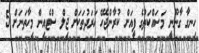
ހިނގާ ގާނޫނީ މަސައްކަތުގެ ފީއަށް ކުރާންޖެހޭ ޚަރަދުތަކަށް ޖިލް ސްޓެއިން މިހާތަނަށް 5